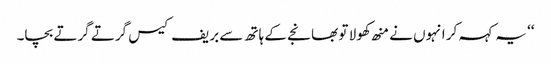
‘‘ یہ کہہ کر انہوں نے منھ کھولا تو بھانجے کے ہاتھ سے بریف کیس گرتے گرتے بچا۔